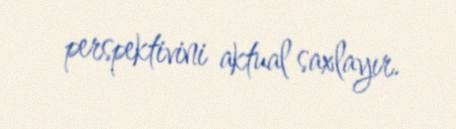
perspektivini aktual saxlayır.